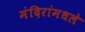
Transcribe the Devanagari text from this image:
मंदिरांमधले